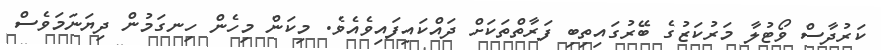
ކަރުދާސް ވޯޓުލާ މަރުކަޒުގެ ބޭރުގައިތިބި ފަރާތްތަކަށް ދައްކައިފައިވެއެވެ. މިކަން މިހެން ހިނގަމުން ދިޔަނަމަވެސް